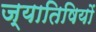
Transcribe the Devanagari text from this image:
ज्यातिषियों